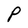
Character: P